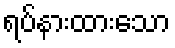
ရပ်နားထားသော